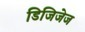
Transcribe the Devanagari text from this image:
डिजिजेज